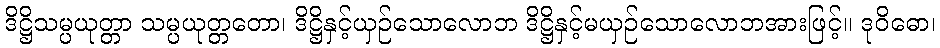
ဒိဋ္ဌိသမ္ပယုတ္တာ သမ္ပယုတ္တတော၊ ဒိဋ္ဌိနှင့်ယှဉ်သောလောဘ ဒိဋ္ဌိနှင့်မယှဉ်သောလောဘအားဖြင့်။ ဒုဝိဓော၊